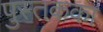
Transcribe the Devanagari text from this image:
पुस्तकका